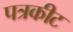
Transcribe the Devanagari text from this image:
पत्रकीट